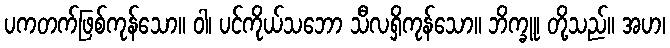
ပကတက်ဖြစ်ကုန်သော။ ဝါ၊ ပင်ကိုယ်သဘော သီလရှိကုန်သော။ ဘိက္ခူ၊ တို့သည်။ အဟ၊